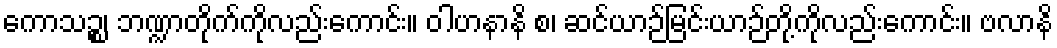
ကောသဉ္စ၊ ဘဏ္ဍာတိုက်ကိုလည်းကောင်း။ ဝါဟနာနိ စ၊ ဆင်ယာဉ်မြင်းယာဉ်တို့ကိုလည်းကောင်း။ ဗလာနိ